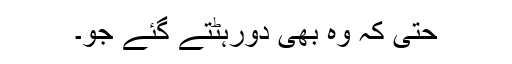
حتیٰ کہ وہ بھی دورہٹتے گئے جو۔